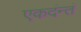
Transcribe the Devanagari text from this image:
एकदंन्तं